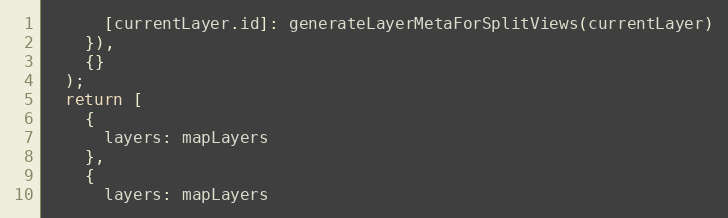
Language: JavaScript
      [currentLayer.id]: generateLayerMetaForSplitViews(currentLayer)
    }),
    {}
  );
  return [
    {
      layers: mapLayers
    },
    {
      layers: mapLayers